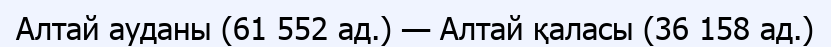
Алтай ауданы (61 552 ад.) — Алтай қаласы (36 158 ад.)